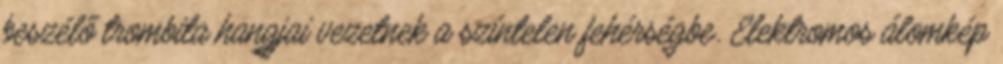
beszélő trombita hangjai vezetnek a színtelen fehérségbe. Elektromos álomkép